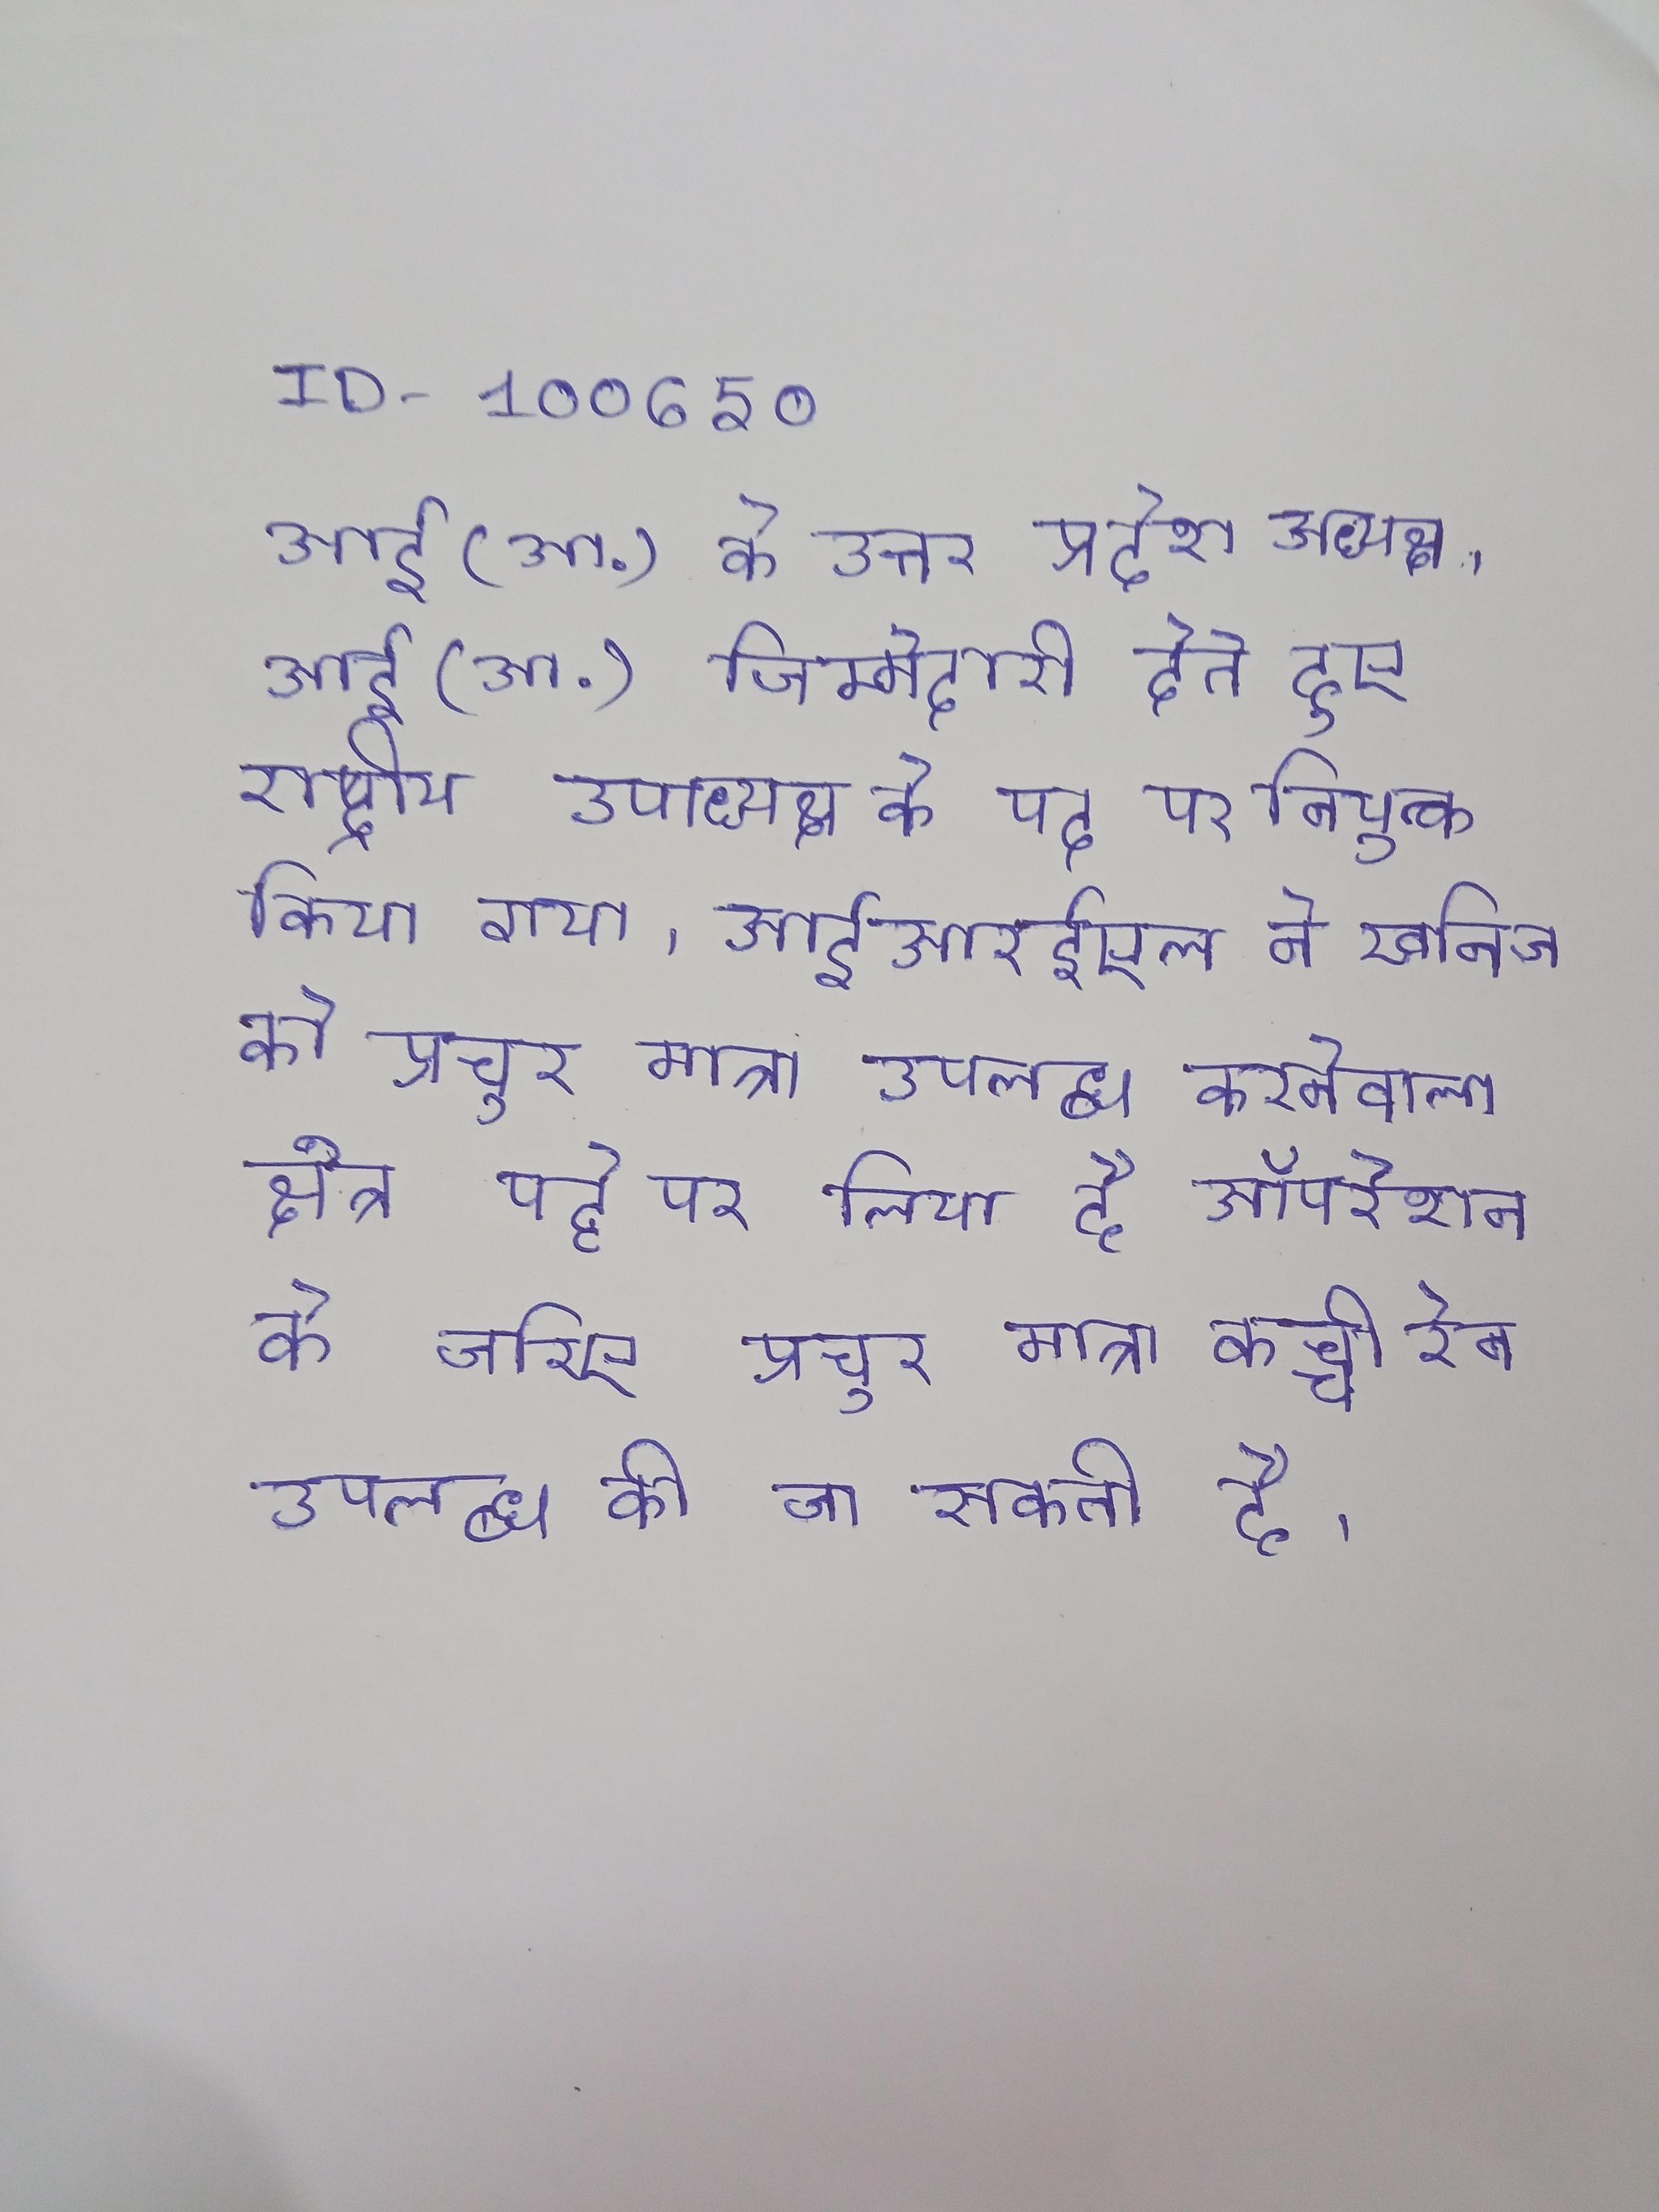
आई (आ.) के उत्तर प्रदेश अध्यक्ष । आई (आ.) जिम्मेदारी देते हुए राष्ट्रीय उपाध्यक्ष के पद पर नियुक्त किया गया । आईआरईएल ने खनिज को प्रचुर मात्रा उपलब्ध करनेवाला क्षेत्र पट्टे पर लिया है ऑपरेशन के जरिए प्रचुर मात्रा कच्ची रेत उपलब्ध की जा सकती है ।